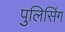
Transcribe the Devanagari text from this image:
पुलिसिंग